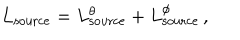
LaTeX: L _ { \mathrm { s o u r c e } } = L _ { \mathrm { s o u r c e } } ^ { \theta } + L _ { \mathrm { s o u r c e } } ^ { \phi } \, ,